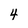
Character: 4